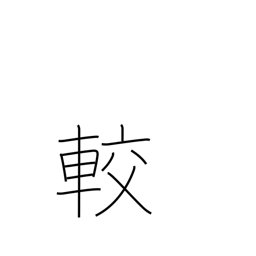
Meaning: contrast